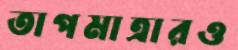
তাপমাত্রারও